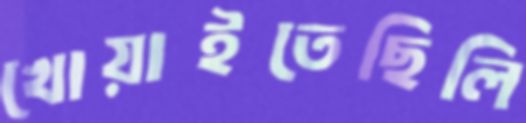
খোয়াইতেছিলি